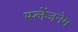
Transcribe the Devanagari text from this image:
स्लेंजनेम